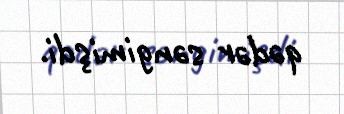
qədər səngimişdi.